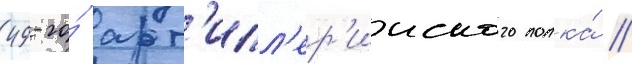
49-го́ арт'илл'ер'ииского полка́ //